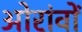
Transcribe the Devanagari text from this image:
ओरांवों